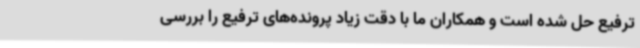
ترفیع حل شده است و همکاران ما با دقت زیاد پرونده‌های ترفیع را بررسی